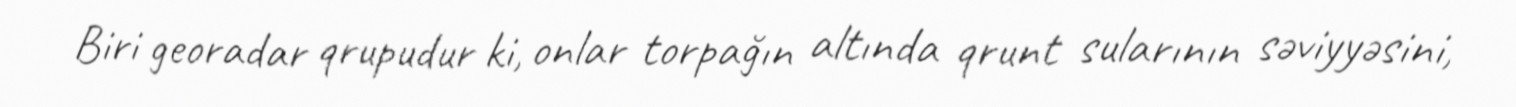
Biri georadar qrupudur ki, onlar torpağın altında qrunt sularının səviyyəsini,